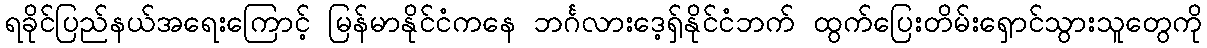
ရခိုင်ပြည်နယ်အရေးကြောင့် မြန်မာနိုင်ငံကနေ ဘင်္ဂလားဒေ့ရှ်နိုင်ငံဘက် ထွက်ပြေးတိမ်းရှောင်သွားသူတွေကို